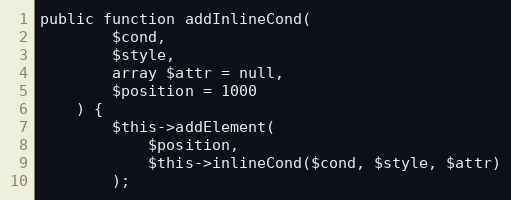
Language: PHP
public function addInlineCond(
        $cond,
        $style,
        array $attr = null,
        $position = 1000
    ) {
        $this->addElement(
            $position,
            $this->inlineCond($cond, $style, $attr)
        );